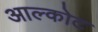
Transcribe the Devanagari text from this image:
आल्कोट